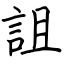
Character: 詛